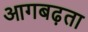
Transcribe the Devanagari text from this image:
आगबढ़ता